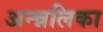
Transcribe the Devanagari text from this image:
अन्न्नलिका